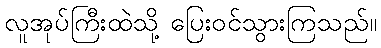
လူအုပ်ကြီးထဲသို့ ပြေးဝင်သွားကြသည်။